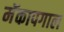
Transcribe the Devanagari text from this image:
मॅकापगाल